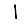
Digit: 1